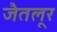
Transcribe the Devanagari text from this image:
जैतलूर